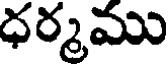
ధర్మము